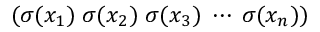
( \sigma ( x _ { 1 } ) \; \sigma ( x _ { 2 } ) \; \sigma ( x _ { 3 } ) \; \cdots \; \sigma ( x _ { n } ) )